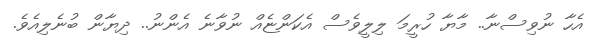
އެހާ ނުވިސްނާ.. މާޔާ ހުރީމަ ލިލީވެސް އެކަންޏެއް ނުވާނެ އެންނު.. ދިޔާން ބުނެލިއެވެ.